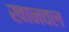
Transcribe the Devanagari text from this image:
खानवल